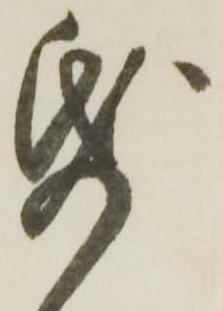
帋